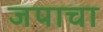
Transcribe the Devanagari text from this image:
जपाचा